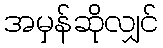
အမှန်ဆိုလျှင်